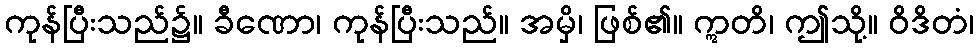
ကုန်ပြီးသည်၌။ ခီဏော၊ ကုန်ပြီးသည်။ အမှိ၊ ဖြစ်၏။ ဣတိ၊ ဤသို့။ ဝိဒိတံ၊